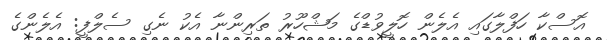
އޮސްކާ ހަފްލާގައި އެލެން ހޮލީވުޑްގެ މަޝްހޫރު ތަރިންނާ އެކު ނެގި ސެލްފީ: އެލެންގެ